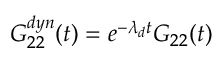
G _ { 2 2 } ^ { d y n } ( t ) = e ^ { - \lambda _ { d } t } G _ { 2 2 } ( t )